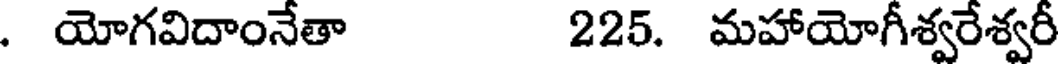
. యోగవిదాంనేతా 225. మహాయోగీశ్వరేశ్వరీ